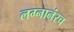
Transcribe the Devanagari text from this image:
लग्नानंरच